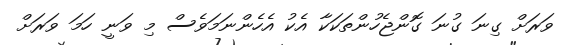
ވަރަށް ގިނަ ގުނަ ގޮންޖެހުންތަކަކާ އެކު އެހެންނަމަވެސް މި ވަނީ ހަމަ ވަރަށް